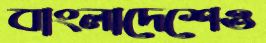
বাংলাদেশেও